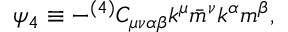
\psi _ { 4 } \equiv - ^ { ( 4 ) } C _ { \mu \nu \alpha \beta } k ^ { \mu } \bar { m } ^ { \nu } k ^ { \alpha } m ^ { \beta } ,